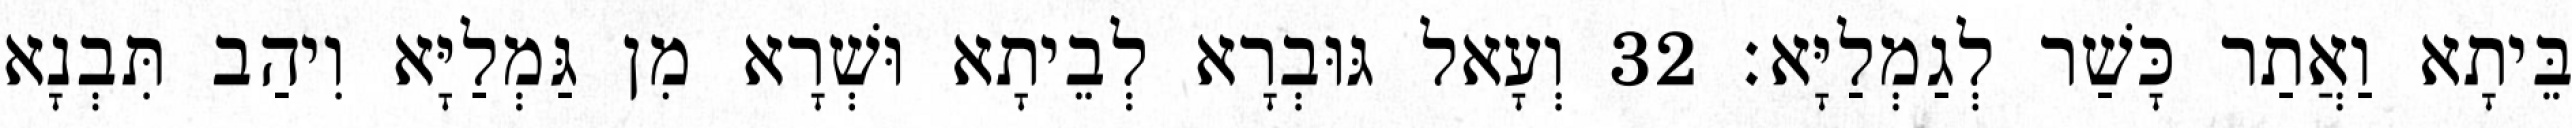
בֵּיתָא וַאֲתַר כָּשַׁר לְגַמְלַיָּא׃ 32 וְעָאל גּוּבְרָא לְבֵיתָא וּשְׁרָא מִן גַּמְלַיָּא וִיהַב תִּבְנָא